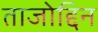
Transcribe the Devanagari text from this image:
ताजोद्दिन